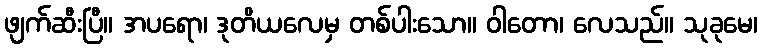
ဖျက်ဆီးပြီ။ အပရော၊ ဒုတိယလေမှ တစ်ပါးသော။ ဝါတော၊ လေသည်။ သုခုမေ၊